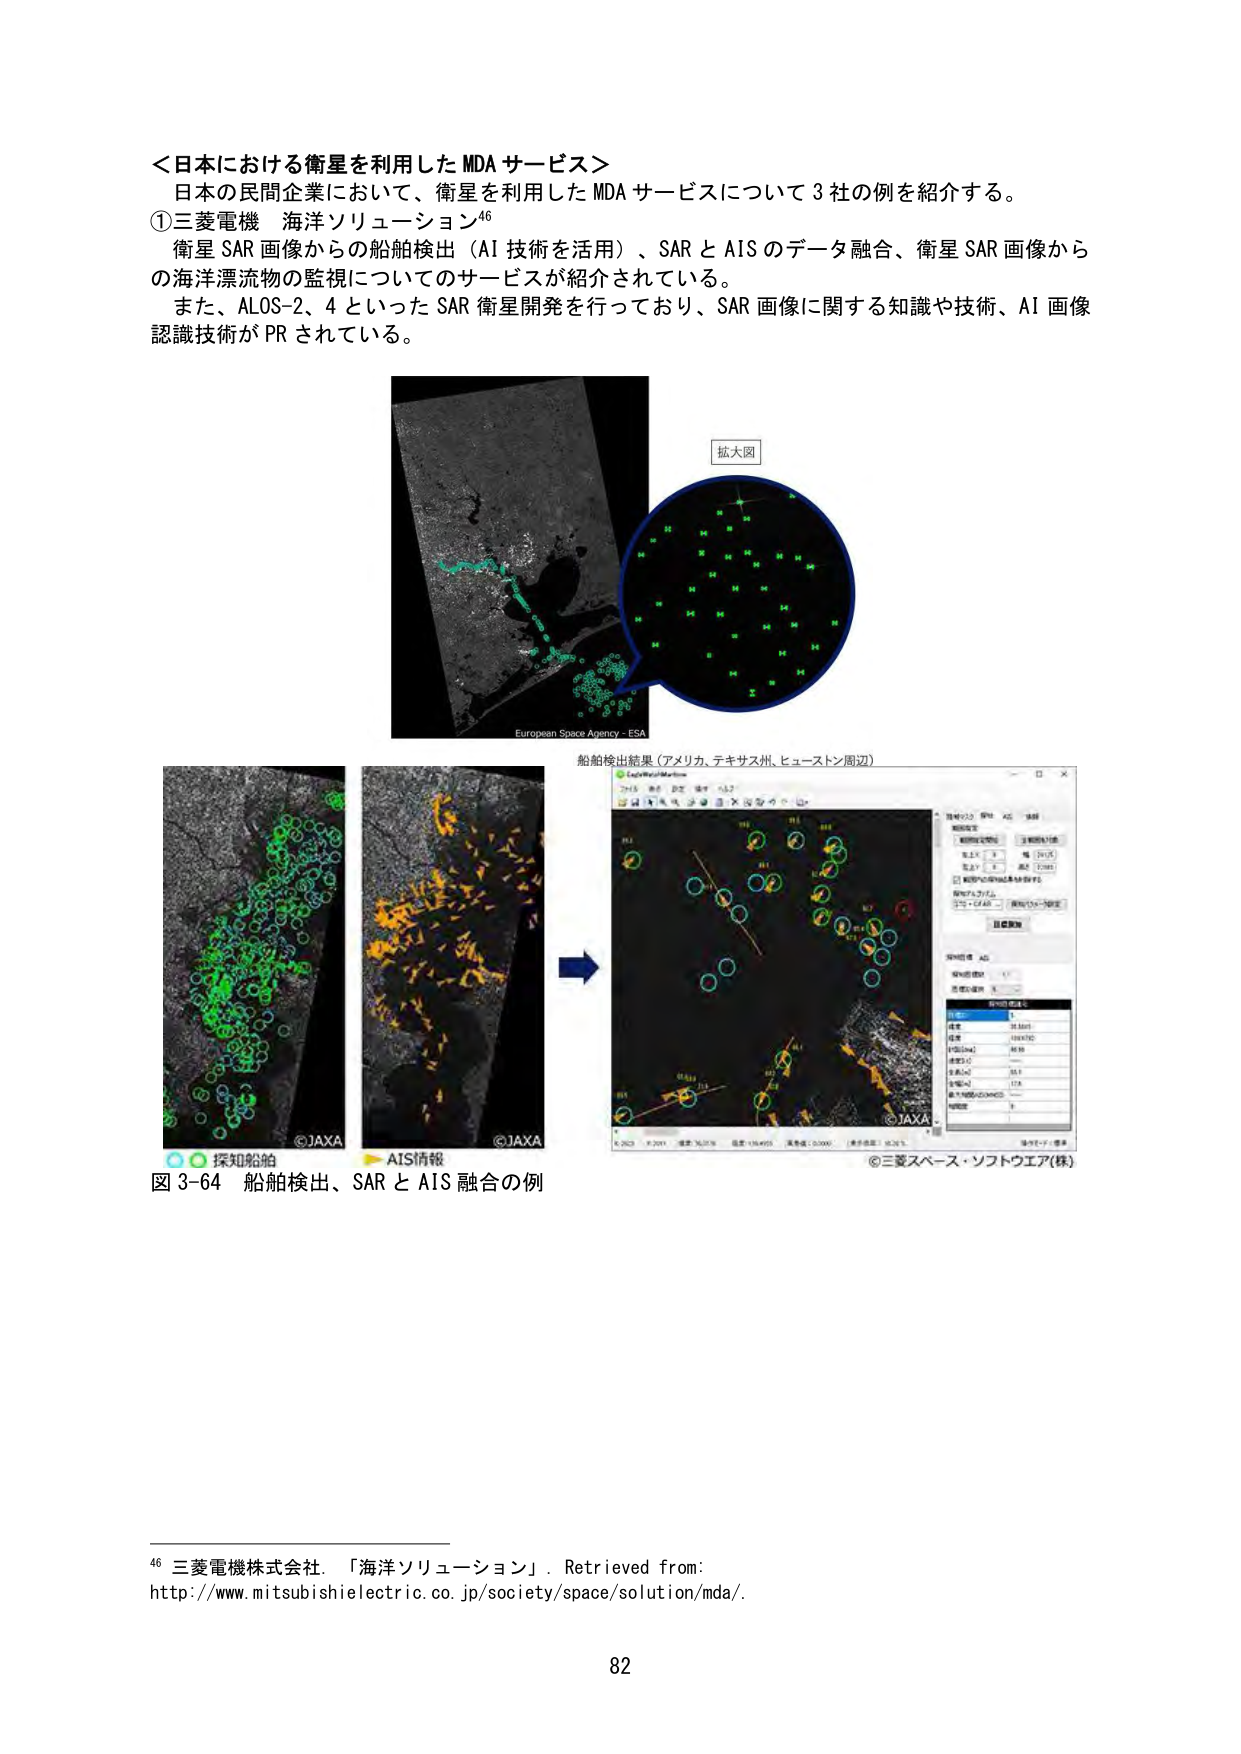
＜日本における衛星を利用した MDA サービス＞
日本の民間企業において、衛星を利用した MDA サービスについて 3 社の例を紹介する。
①三菱電機 海洋ソリューション⁴⁶
衛星 SAR 画像からの船舶検出（AI 技術を活用）、SAR と AIS のデータ融合、衛星 SAR 画像からの海洋漂流物の監視についてのサービスが紹介されている。
また、ALOS-2、4 といった SAR 衛星開発を行っており、SAR 画像に関する知識や技術、AI 画像認識技術が PR されている。

拡大図
European Space Agency - ESA
船舶検出結果（アメリカ、テキサス州、ヒューストン周辺）
©JAXA
©JAXA
©三菱スペース・ソフトウエア(株)
探知船舶
AIS情報
図 3-64 船舶検出、SAR と AIS 融合の例

⁴⁶ 三菱電機株式会社．「海洋ソリューション」．Retrieved from:
http://www.mitsubishielectric.co.jp/society/space/solution/mda/.
82